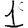
Digit: 1